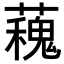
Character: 𧁩